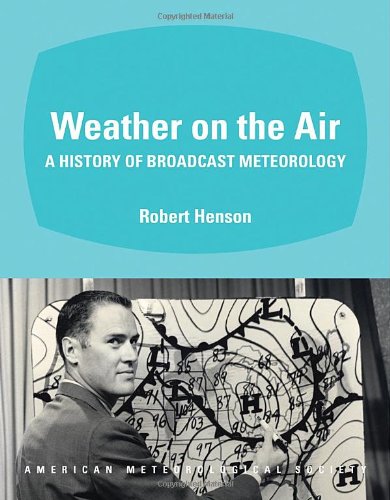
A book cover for Weather on the Air: A History of Broadcast Meteorology; Robert Henson; Humor & Entertainment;